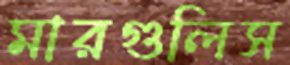
মারগুলিস